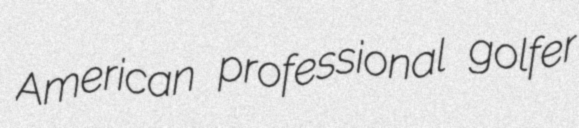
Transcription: American professional golfer